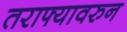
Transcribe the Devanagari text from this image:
तराफ्यावरुन